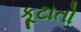
કૂટાતો